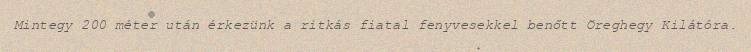
Mintegy 200 méter után érkezünk a ritkás fiatal fenyvesekkel benőtt Öreghegy Kilátóra.